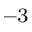
^ { - 3 }